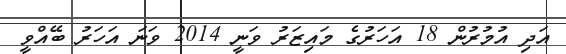
އަދި އުމުރުން 18 އަހަރުގެ މައިޒަރު ވަނީ 2014 ވަނަ އަހަރު ބޭއްވީ